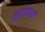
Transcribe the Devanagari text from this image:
मूत्रोत्पादक